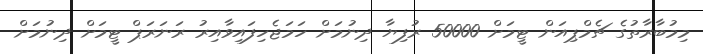
މިމުބާރާތުގެ ޗެމްޕިއަން ޓީމަށް 50000 ރުފިޔާ ދިނުމަށް ހަމަޖެހިފައިވާއިރު ރަނަރަޕް ޓީމަށް ދިނުމަށް